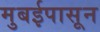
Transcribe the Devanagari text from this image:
मुबईपासून